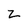
Character: z